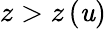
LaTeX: z>z\left(\mathit{u}\right)